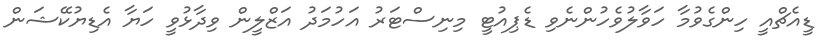
ޑީއެޗްއީ ހިންގެވުމާ ހަވާލުވެހުންނެވި ޑެޕިއުޓީ މިނިސްޓަރު އަހުމަދު އަޒްލީން ވިދާޅުވީ ހަޔާ އެޑިޔުކޭޝަން